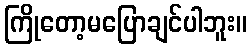
ကြိုတော့မပြောချင်ပါဘူး။